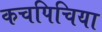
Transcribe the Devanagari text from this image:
कचपिचिया